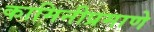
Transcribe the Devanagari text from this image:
कामिनीप्रमाणे